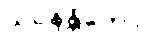
သဝနန္တိကော